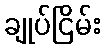
ချုပ်ငြိမ်း